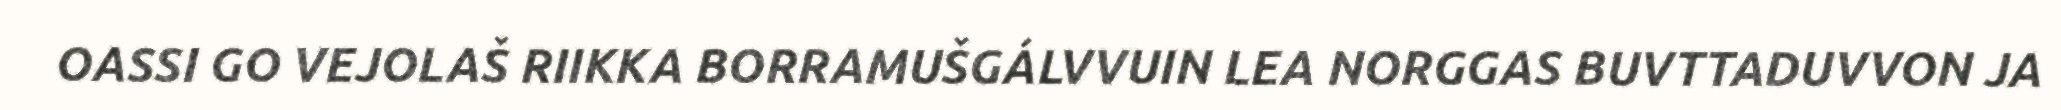
OASSI GO VEJOLAŠ RIIKKA BORRAMUŠGÁLVVUIN LEA NORGGAS BUVTTADUVVON JA